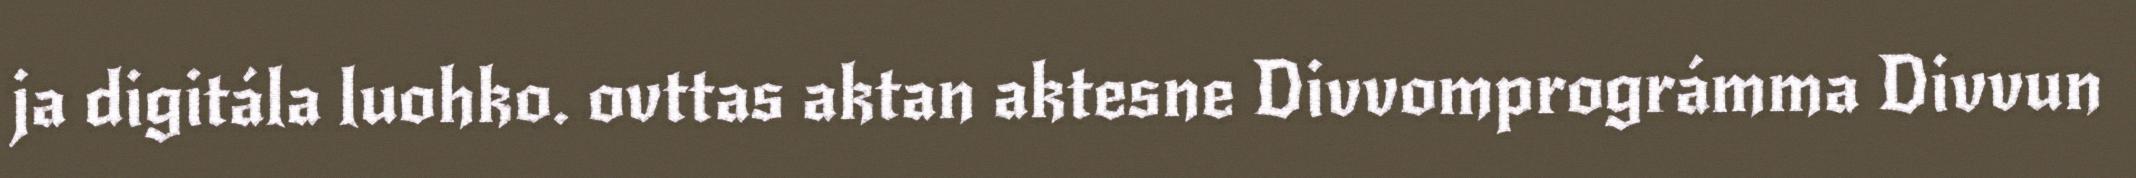
ja digitála luohko. ovttas aktan aktesne Divvomprográmma Divvun